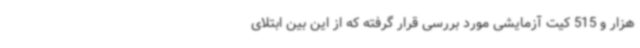
هزار و 515 کیت آزمایشی مورد بررسی قرار گرفته که از این بین ابتلای